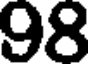
98